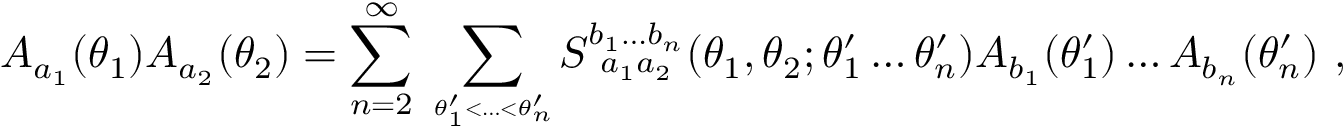
A _ { a _ { 1 } } ( \theta _ { 1 } ) A _ { a _ { 2 } } ( \theta _ { 2 } ) = \sum _ { n = 2 } ^ { \infty } \, \sum _ { \theta _ { 1 } ^ { \prime } { < } \dots { < } \theta _ { n } ^ { \prime } \atop { } } \! S _ { ~ a _ { 1 } a _ { 2 } } ^ { b _ { 1 } \dots b _ { n } } ( \theta _ { 1 } , \theta _ { 2 } ; \theta _ { 1 } ^ { \prime } \dots \theta _ { n } ^ { \prime } ) A _ { b _ { 1 } } ( \theta _ { 1 } ^ { \prime } ) \dots A _ { b _ { n } } ( \theta _ { n } ^ { \prime } ) ~ ,